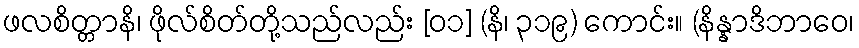
ဖလစိတ္တာနိ၊ ဖိုလ်စိတ်တို့သည်လည်း [၀၁] (နိ၊ ၃၁၉) ကောင်း။ (နိန္နာဒိဘာဝေ၊